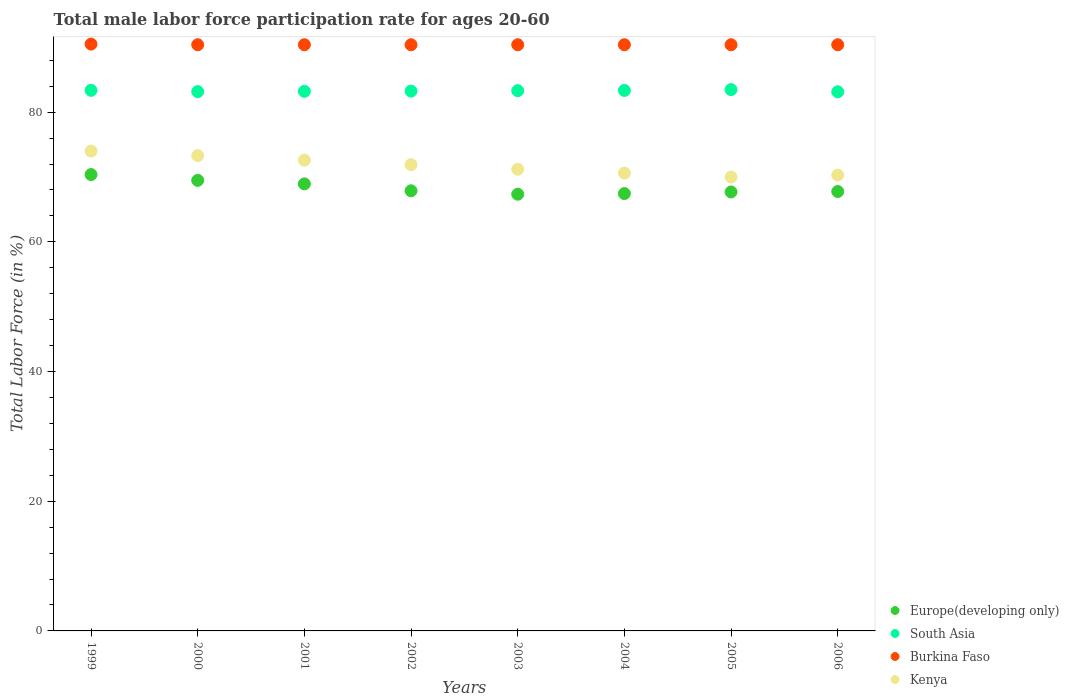
| Years | Europe(developing only) | South Asia | Burkina Faso | Kenya |
 | --- | --- | --- | --- | --- |
 | 1999 | 70.4 | 83.4 | 90.5 | 74 |
 | 2000 | 69.5 | 83.2 | 90.4 | 73.3 |
 | 2001 | 68.9 | 83.2 | 90.4 | 72.6 |
 | 2002 | 67.9 | 83.2 | 90.4 | 71.9 |
 | 2003 | 67.3 | 83.3 | 90.4 | 71.2 |
 | 2004 | 67.4 | 83.4 | 90.4 | 70.6 |
 | 2005 | 67.7 | 83.5 | 90.4 | 70 |
 | 2006 | 67.8 | 83.1 | 90.4 | 70.3 |